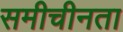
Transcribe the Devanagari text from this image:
समीचीनता